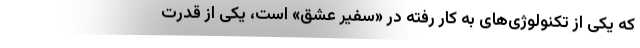
که یکی از تکنولوژی‌های به کار رفته در «سفیر عشق» است، یکی از قدرت